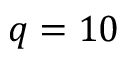
q = 1 0